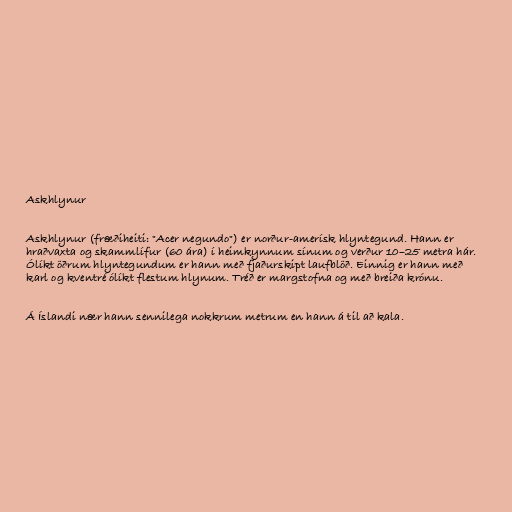
Askhlynur

Askhlynur (fræðiheiti: "Acer negundo") er norður-amerísk hlyntegund. Hann er
hraðvaxta og skammlífur (60 ára) í heimkynnum sínum og verður 10–25 metra hár.
Ólíkt öðrum hlyntegundum er hann með fjaðurskipt laufblöð. Einnig er hann með
karl og kventré ólíkt flestum hlynum. Tréð er margstofna og með breiða krónu.

Á Íslandi nær hann sennilega nokkrum metrum en hann á til að kala.